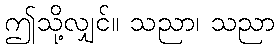
ဤသို့လျှင်။ သညာ၊ သညာ